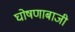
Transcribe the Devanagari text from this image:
घोषणाबाजी